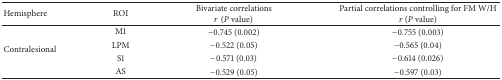
| Hemisphere | ROI | Bivariate correlations r (P value) | Partial correlations controlling for FM W/H r (P value) |
 | --- | --- | --- | --- |
 | <ROWSPAN=4> Contralesional | M1 | −0.745 (0.002) | −0.755 (0.003) |
 | LPM | −0.522 (0.05) | −0.565 (0.04) |
 | S1 | −0.571 (0.03) | −0.614 (0.026) |
 | AS | −0.529 (0.05) | −0.597 (0.03) |